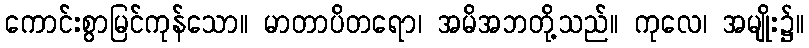
ကောင်းစွာမြင်ကုန်သော။ မာတာပိတရော၊ အမိအဘတို့သည်။ ကုလေ၊ အမျိုး၌။